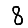
Digit: 8